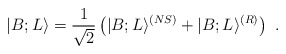
\begin{align*}|B;L\rangle={1\over \sqrt{2}}\left(|B;L\rangle^{(NS)}+|B;L\rangle^{(R)}\right)~.\end{align*}